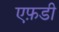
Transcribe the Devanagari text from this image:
एफ़डी